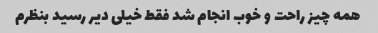
همه چیز راحت و خوب انجام شد فقط خیلی دیر رسید بنظرم